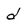
Character: d